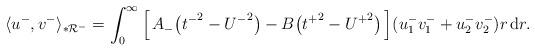
LaTeX: \begin{align*}\langle u^-,v^-\rangle_{*\mathcal R^-}=\int_0^\infty \Big[\,A_-\big({t^-}^2-{U^-}^2\big)-B\big({t^+}^2-{U^+}^2\big)\,\Big](u^-_1v^-_1+u^-_2v^-_2)r\,{\mathrm d}r.\end{align*}